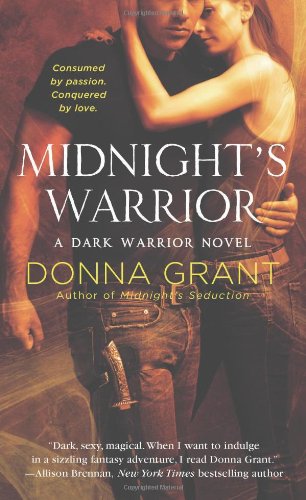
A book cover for Midnight's Warrior (Dark Warriors); Donna Grant; Romance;